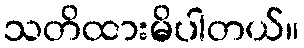
သတိထားမိပါတယ်။